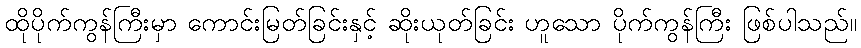
ထိုပိုက်ကွန်ကြီးမှာ ကောင်းမြတ်ခြင်းနှင့် ဆိုးယုတ်ခြင်း ဟူသော ပိုက်ကွန်ကြီး ဖြစ်ပါသည်။